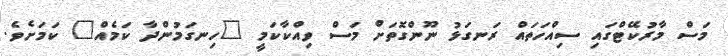
މަސް މާރުކޭޓްގައި ސިއްހަތައް ރަނގަޅު ނޫންގޮތަށް މަސް ވިއްކާކަމީ "ހިނގަމުންދާ ކަމެއް" ކަމަށެވެ.